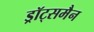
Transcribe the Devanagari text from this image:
ड्रॉट्समैन